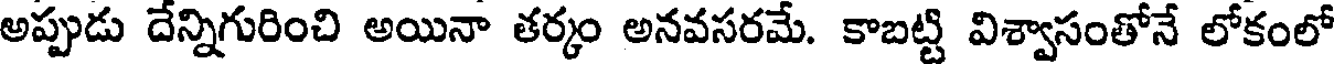
అప్పుడు దేన్నిగురించి అయినా తర్కం అనవసరమే. కాబట్టి విశ్వాసంతోనే లోకంలో